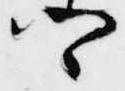
卿